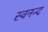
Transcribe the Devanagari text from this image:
स्वनन्द